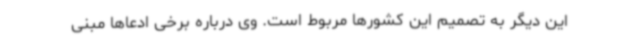
این دیگر به تصمیم این کشورها مربوط است. وی درباره برخی ادعاها مبنی